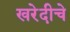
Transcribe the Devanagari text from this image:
खरेदीचे